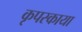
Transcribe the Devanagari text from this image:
कृपस्काया